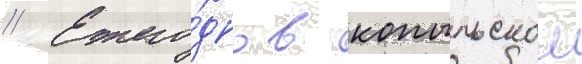
// Ежего́дно в копыльском